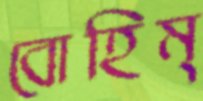
বোহিম্